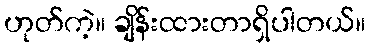
ဟုတ်ကဲ့။ ချိန်းထားတာရှိပါတယ်။